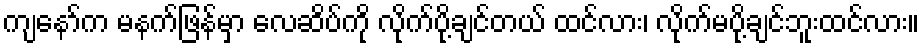
ကျနော်က မနက်ဖြန်မှာ လေဆိပ်ကို လိုက်ပို့ချင်တယ် ထင်လား၊ လိုက်မပို့ချင်ဘူးထင်လား။